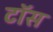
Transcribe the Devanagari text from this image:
टाॅस